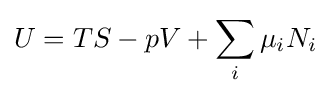
U=TS-pV+\sum _{i}\mu _{i}N_{i}